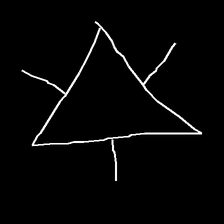
Glyph: fire